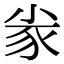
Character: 𡭷